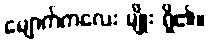
မျောက်ကလေး မျိုး ရှိ၏။